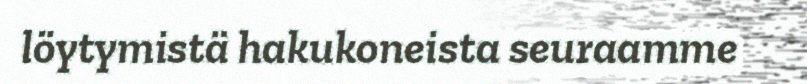
löytymistä hakukoneista seuraamme